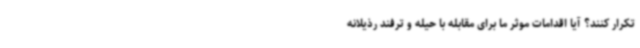
تکرار کنند؟ آیا اقدامات موثر ما برای مقابله با حیله و ترفند رذیلانه